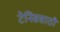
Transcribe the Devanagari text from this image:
टेनिससाठी